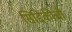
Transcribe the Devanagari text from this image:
सिद्दिकीची